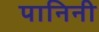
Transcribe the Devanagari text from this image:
पानिनी